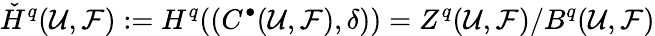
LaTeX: {\check{H}}^{q}({\mathcal{U}},{\mathcal{F}}):=H^{q}((C^{\bullet}({\mathcal{U}},{\mathcal{F}}),\delta))=Z^{q}({\mathcal{U}},{\mathcal{F}})/B^{q}({\mathcal{U}},{\mathcal{F}})